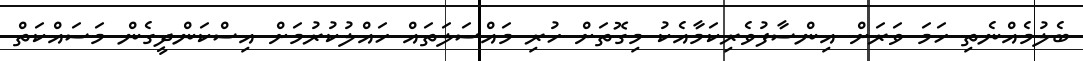
ބެލުމެއްނެތި ހަމަ ވަރަށް އިންސާފުވެރިކަމާއެކު މިގޮތަށް ހުރި މައްސަލަތައް ހައްލުކުރުމަށް އިސްކަންދީގެން މަސައްކަތް